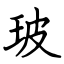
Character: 玻